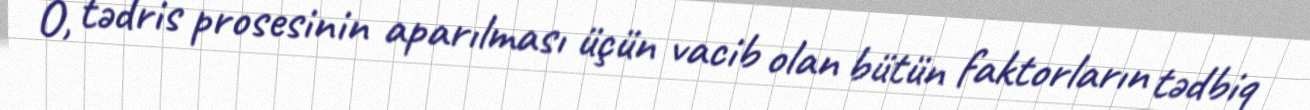
O, tədris prosesinin aparılması üçün vacib olan bütün faktorların tədbiq